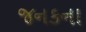
જનકના